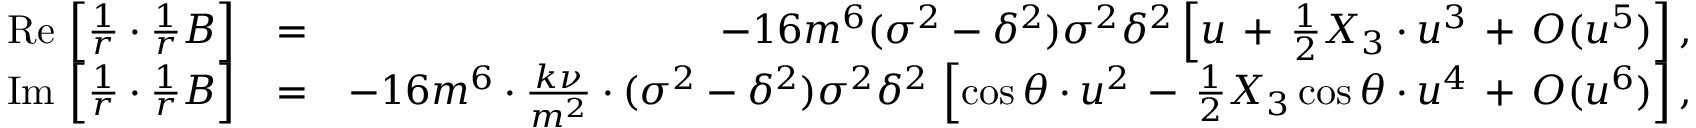
\begin{array} { r l r } { \mathrm { R e } \, \left[ \frac { 1 } { r } \cdot \frac { 1 } { r } B \right] } & { = } & { - 1 6 m ^ { 6 } ( \sigma ^ { 2 } - \delta ^ { 2 } ) \sigma ^ { 2 } \delta ^ { 2 } \left[ u \, + \, \frac { 1 } { 2 } X _ { 3 } \cdot u ^ { 3 } \, + \, { \cal O } ( u ^ { 5 } ) \right] , } \\ { \mathrm { I m } \, \left[ \frac { 1 } { r } \cdot \frac { 1 } { r } B \right] } & { = } & { - 1 6 m ^ { 6 } \cdot \frac { k \nu } { m ^ { 2 } } \cdot ( \sigma ^ { 2 } - \delta ^ { 2 } ) \sigma ^ { 2 } \delta ^ { 2 } \, \left[ \cos \theta \cdot u ^ { 2 } \, - \, \frac { 1 } { 2 } X _ { 3 } \cos \theta \cdot u ^ { 4 } \, + \, { \cal O } ( u ^ { 6 } ) \right] , } \end{array}